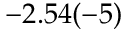
- 2 . 5 4 ( - 5 )